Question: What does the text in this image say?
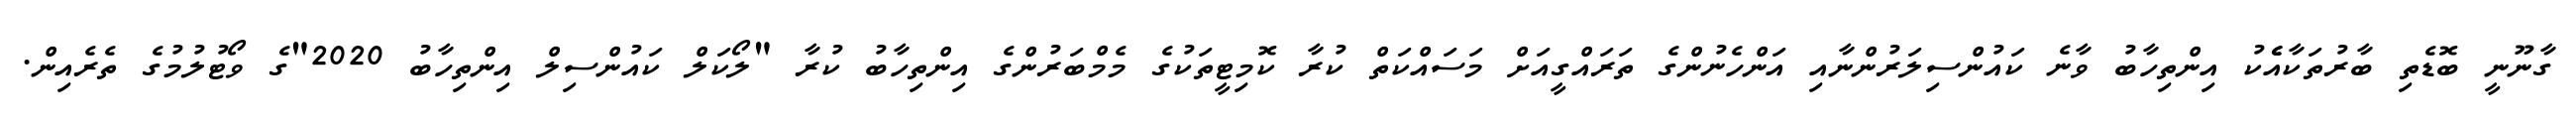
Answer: ގާނޫނީ ބޮޑެތި ބާރުތަކާއެެކު އިންތިހާބު ވާނެ ކައުންސިލަރުންނާއި އަންހެނުންގެ ތަރައްގީއަށް މަސައްކަތް ކުރާ ކޮމިޓީތަކުގެ މެމްބަރުންގެ އިންތިހާބު ކުރާ "ލޯކަލް ކައުންސިލް އިންތިހާބު 2020"ގެ ވޯޓުލުމުގެ ތެރެއިން.